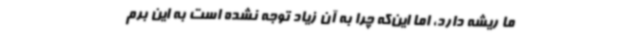
ما ریشه دارد،‌ اما این‌که چرا به آن زیاد توجه نشده است به این برم